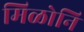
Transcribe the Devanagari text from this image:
मिळोनि